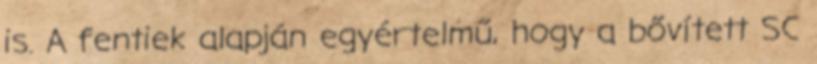
is. A fentiek alapján egyértelmű, hogy a bővített SC